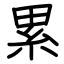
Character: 累